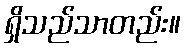
ရှိသည်သာတည်း။